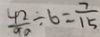
\frac { 4 2 } { 9 0 } \div 6 = \frac { 7 } { 1 5 }